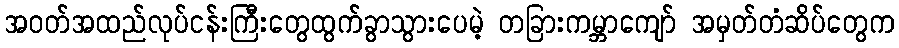
အဝတ်အထည်လုပ်ငန်းကြီးတွေထွက်ခွာသွားပေမဲ့ တခြားကမ္ဘာကျော် အမှတ်တံဆိပ်တွေက